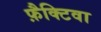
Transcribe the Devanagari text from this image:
फ़ैक्टिवा